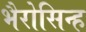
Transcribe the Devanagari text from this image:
भैरोसिन्ह